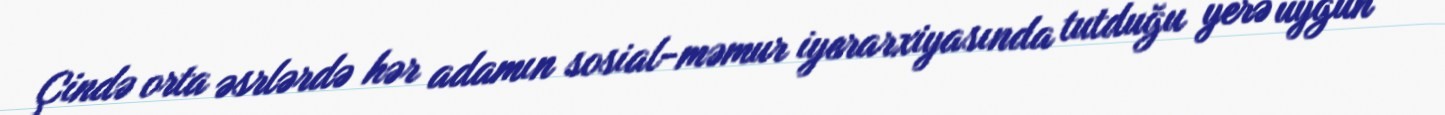
Çində orta əsrlərdə hər adamın sosial-məmur iyerarxiyasında tutduğu yerə uyğun